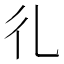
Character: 𢒽